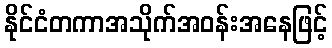
နိုင်ငံတကာအသိုက်အဝန်းအနေဖြင့်